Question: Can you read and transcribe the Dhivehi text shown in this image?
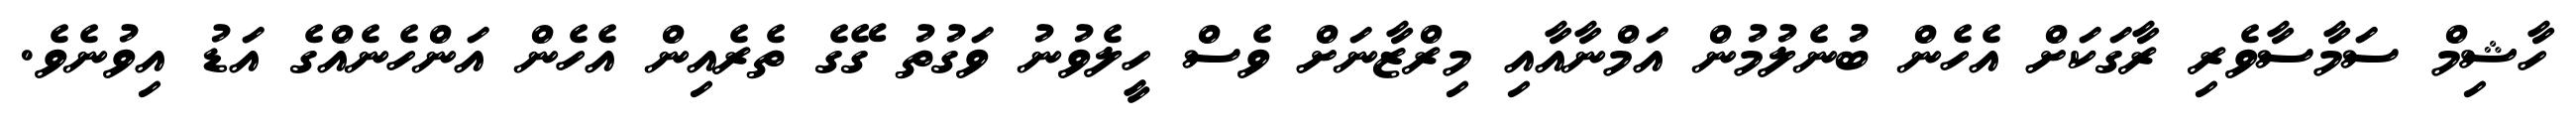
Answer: ހާޝިމް ސަމާސާވެރި ރާގަކަށް އެހެން ބުނެލުމުން އަމްނާއާއި މިރްޒާނަށް ވެސް ހީލެވުނު ވަގުތު ގޭގެ ތެރެއިން އެހެން އަންހެނެއްގެ އަޑު އިވުނެވެ.